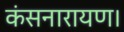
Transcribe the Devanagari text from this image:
कंसनारायण।